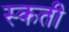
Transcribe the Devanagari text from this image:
स्कती